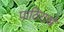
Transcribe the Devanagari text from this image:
पाठिराखे